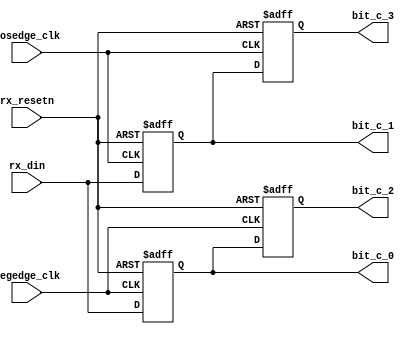
module bit_capture_control(
			input negedge_clk,
			input posedge_clk,
			input rx_resetn,
			
			input rx_din,
			
			output reg bit_c_0,
			output reg bit_c_1,
			output reg bit_c_2,
			output reg bit_c_3
		  );


always@(posedge posedge_clk or negedge rx_resetn)
begin

	if(!rx_resetn)
	begin
		bit_c_1      	<= 1'b0;
		bit_c_3      	<= 1'b0;
	end
	else
	begin
		bit_c_1 <= rx_din;
		bit_c_3 <= bit_c_1;
	end

end

always@(posedge negedge_clk or negedge rx_resetn)
begin

	if(!rx_resetn)
	begin
		bit_c_0   <= 1'b0;
		bit_c_2   <= 1'b0;
	end
	else
	begin
		bit_c_0 <= rx_din;
		bit_c_2 <= bit_c_0;
	end
end


endmodule